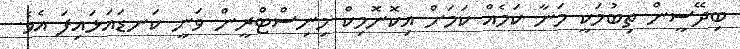
ބިދޭސީން ތިބުމަކީ މަނާ ކަމެއް ކަމަށް އިކޮނޮމިކް މިނިސްޓްރީން ވަނީ ކަނޑައަޅައިފަ އެވެ.